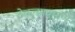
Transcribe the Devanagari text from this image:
ठेवल्याप्रमाणे